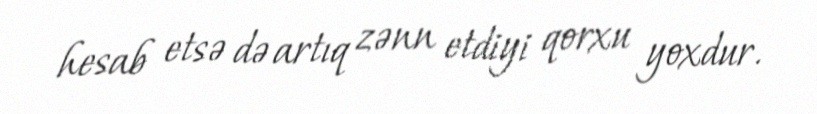
hesab etsə də artıq zənn etdiyi qorxu yoxdur.